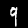
Digit: 9